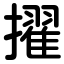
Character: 擢